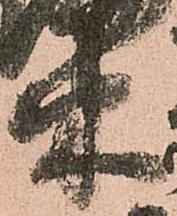
束